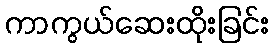
ကာကွယ်ဆေးထိုးခြင်း